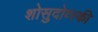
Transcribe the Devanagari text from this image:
शोसुदोव्स्की